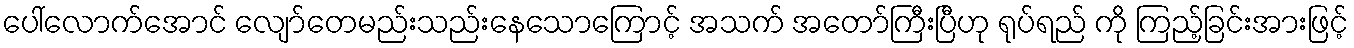
ပေါ်လောက်အောင် လျော်တေမည်းသည်းနေသောကြောင့် အသက် အတော်ကြီးပြီဟု ရုပ်ရည် ကို ကြည့်ခြင်းအားဖြင့်